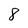
Character: 8